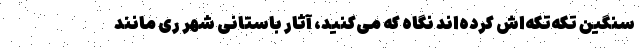
سنگین تکه‌تکه‌اش کرده‌اند نگاه که می‌کنید، آثار باستانی شهر ری مانند